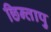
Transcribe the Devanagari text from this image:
छिन्तापु